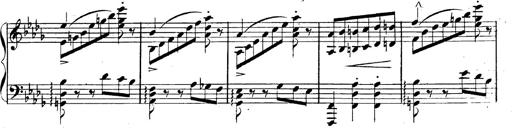
Title: 3 Caprices-Valses
Composer: Franz Liszt